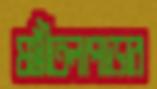
ষষ্ঠীতলাপাড়ার